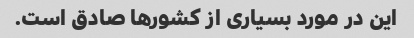
این در مورد بسیاری از کشورها صادق است.